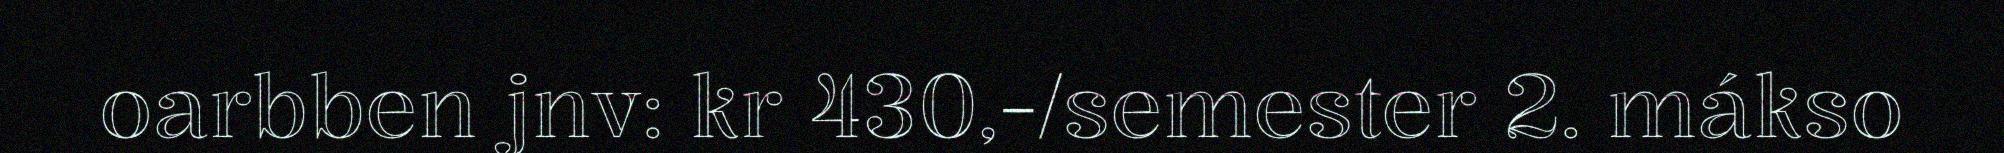
oarbben jnv: kr 430,-/semester 2. mákso